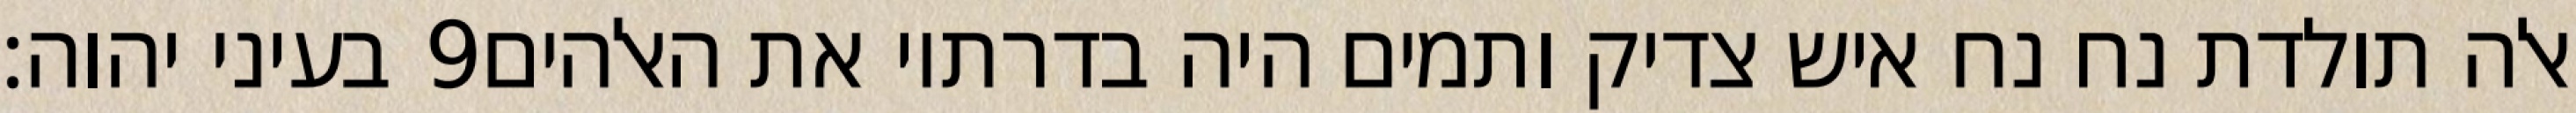
בעיני יהוה׃ ‎9‏ אלה תולדת נח נח איש צדיק ותמים היה בדרתיו את האלהים